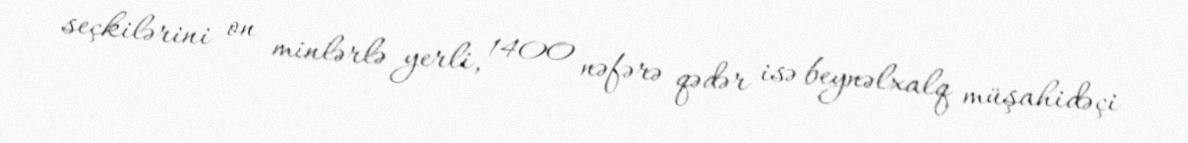
seçkilərini on minlərlə yerli, 1400 nəfərə qədər isə beynəlxalq müşahidəçi